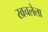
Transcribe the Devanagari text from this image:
खचलेला